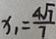
x _ { 1 } = \frac { 4 \sqrt { 7 } } { 7 }